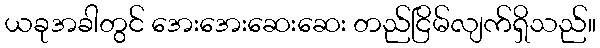
ယခုအခါတွင် အေးအေးဆေးဆေး တည်ငြိမ်လျက်ရှိသည်။